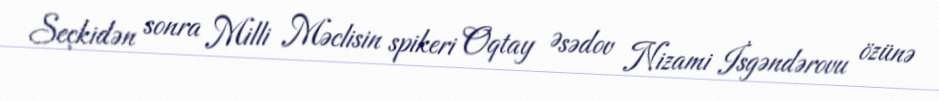
Seçkidən sonra Milli Məclisin spikeri Oqtay Əsədov Nizami İsgəndərovu özünə